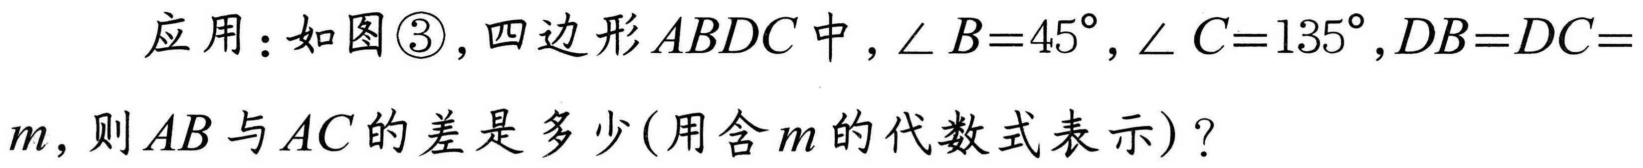
应用：如图\textcircled{3}，四边形\(ABDC\)中，\(\angle B = 45^{\circ},\angle C = 135^{\circ},DB = DC = m\)，则\(AB\)与\(AC\)的差是多少(用含\(m\)的代数式表示)？